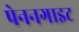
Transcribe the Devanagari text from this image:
पेननगाइट